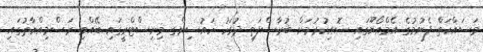
މަސައްކަތް ފެށުމުގެ އެމްއޯޔޫގައި ސޮއިކުރުމަށް ބުރާސްފަތި ދުވަހު ހައުސިންގ މިނިސްޓްރީގައި ބޭއްވި ރަސްމިއްޔާތުގައި